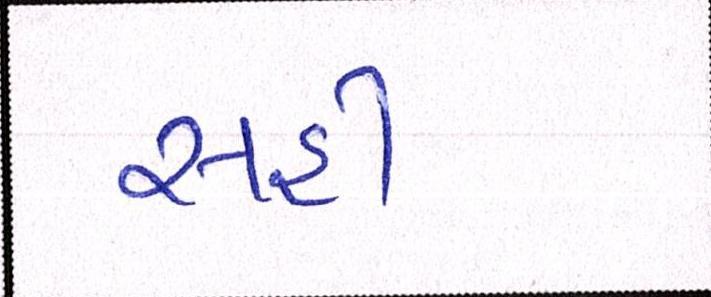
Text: સહી